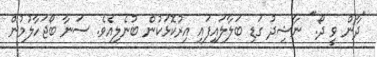
"ދާން ވީ ދޯ." ނާޝިދު ގަޑި ބަލާލައިފައި އިރުކޮޅަކުން ބުނެލިއެވެ. ސަނާ ބޯޖަހާލުމުން